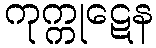
ကုက္ကုဋေန